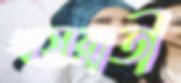
খয়রাতী